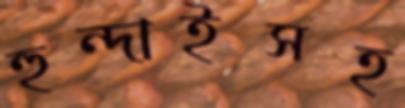
হুন্দাইসহ